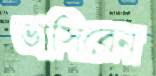
ভাসিবেন